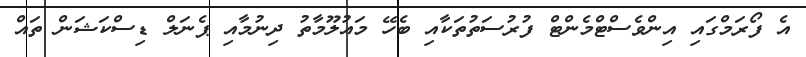
އެ ފޯރަމްގައި އިންވެސްޓްމެންޓް ފުރުސަތުތަކާއި ބެހޭ މައުލޫމާތު ދިނުމާއި ޕެނަލް ޑިސްކަޝަން ތައް